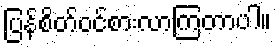
ပြန်စိတ်ဝင်စားလာကြတာပါ။